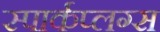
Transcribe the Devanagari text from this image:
स्पार्कप्लग्स